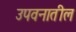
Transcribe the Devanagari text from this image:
उपवनातील